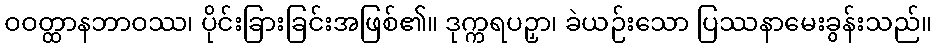
ဝဝတ္ထာနဘာဝဿ၊ ပိုင်းခြားခြင်းအဖြစ်၏။ ဒုက္ကရပဉှာ၊ ခဲယဉ်းသော ပြဿနာမေးခွန်းသည်။